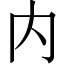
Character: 内